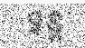
ទន្ត